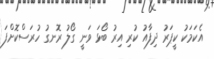
އެކަމަކު ކީޕަރު ދިފާއު ކުރި އިރު ބޯޅަ ވަނީ ގޯލު ރޮނގު ހުރަސްކޮށްފަ